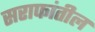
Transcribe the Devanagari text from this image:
सराफांतील